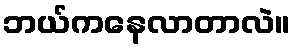
ဘယ်ကနေလာတာလဲ။